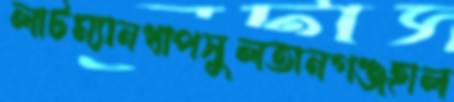
লাটম্যানধাপসুলতানগঞ্জহাল